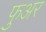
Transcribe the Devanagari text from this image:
फुअर